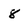
Character: 8